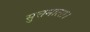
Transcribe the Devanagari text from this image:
सुत्तमाला।